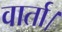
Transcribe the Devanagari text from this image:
वार्ता।